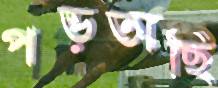
পড়তাছি